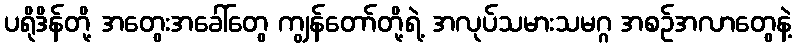
ပရိုဒိန်တို့ အတွေးအခေါ်တွေ ကျွန်တော်တို့ရဲ့ အလုပ်သမားသမဂ္ဂ အစဉ်အလာတွေနဲ့